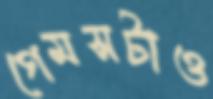
গেমসটাও